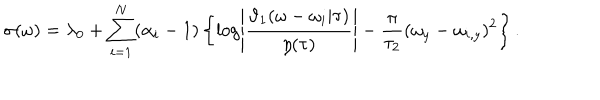
\sigma ( \omega ) = \lambda _ { 0 } + \sum _ { i = 1 } ^ { N } ( \alpha _ { i } - 1 ) \left\{ \log \left| \frac { \vartheta _ { 1 } ( \omega - \omega _ { i } | \tau ) } { \eta ( \tau ) } \right| - \frac { \pi } { \tau _ { 2 } } ( \omega _ { y } - \omega _ { i , y } ) ^ { 2 } \right\} .